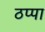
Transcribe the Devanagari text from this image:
ठप्‍पा